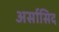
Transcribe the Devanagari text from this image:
अर्सासिद